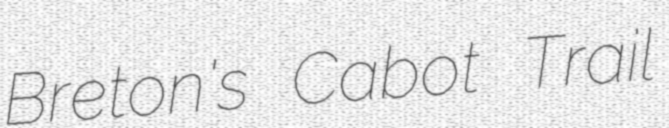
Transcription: Breton's Cabot Trail